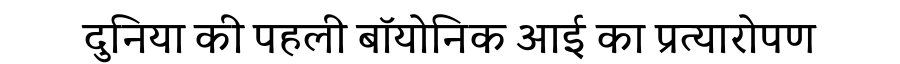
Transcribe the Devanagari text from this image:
दुनिया की पहली बॉयोनिक आई का प्रत्यारोपण